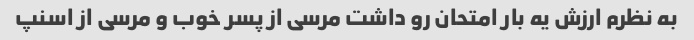
به نظرم ارزش یه بار امتحان رو داشت مرسی از پسر خوب و مرسی از اسنپ